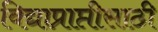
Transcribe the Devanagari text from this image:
विद्याप्राप्तीसाठी